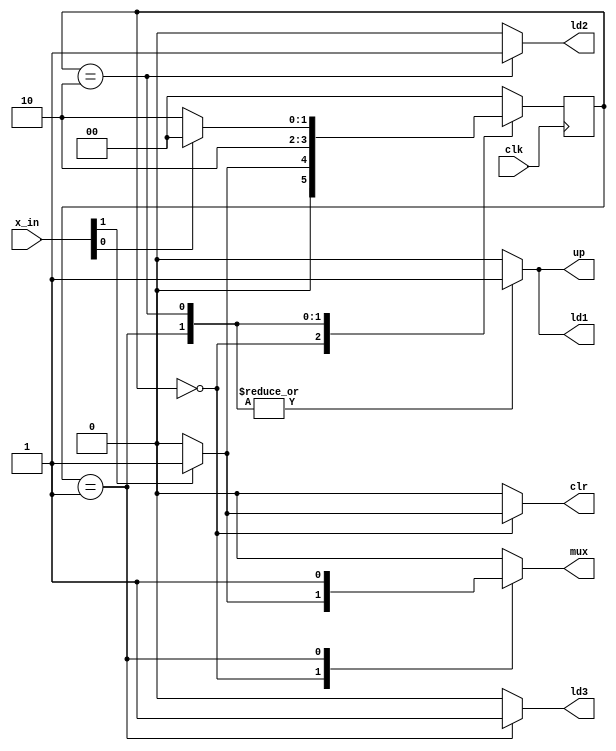
module fsm(x_in, clk, mux, clr, up, ld1, ld2, ld3); 
    input  clk;
    input [1:0] x_in; 
    output reg clr, up, ld1, ld2, ld3, mux;
     
    //- next state & present state variables
    reg [1:0] NS, PS; 
    //- bit-level state representations
    parameter [1:0] st_WAIT=2'b00, st_LOAD=2'b01;
    parameter [1:0] st_FIB=2'b10;
    
    //- status inputs
    wire btn, rco;
    assign rco = x_in[0];
    assign btn = x_in[1]; 

    //- model the state registers
    always @ (posedge clk)
        PS <= NS; 
    
    
    //- model the next-state and output decoders
    always @ (x_in,PS)
    begin
       mux = 1'b0; clr = 1'b0; up = 1'b0; ld1 = 1'b0; ld2 = 1'b0; ld3 = 1'b0;
       case(PS)
          st_WAIT:
          begin
             up = 1'b0; ld1 = 1'b0; ld2 = 1'b0; ld3 = 1'b0;
             if (btn == 0)
                begin
                    mux = 1'b0; clr = 1'b0;
                    NS = st_WAIT;
                end         
             else
                begin
                    mux= 1'b1; clr = 1'b1;
                    NS = st_LOAD;
                end 
          end
             
          st_LOAD:
             begin
                 mux = 1'b1; clr = 1'b0; up = 1'b1; ld1 = 1'b1; ld2 = 1'b0; ld3 = 1'b1;
                 NS = st_FIB;
             end
             
          st_FIB:
             begin
                 up = 1'b1; ld1 = 1'b1; ld2 = 1'b1; ld3 = 1'b0;
                 if (rco == 0)
                    begin
                        mux = 1'b0; clr = 1'b0;
                        NS = st_FIB;
                    end
                 else
                    begin
                        mux = 1'b0; clr = 1'b0;
                        NS = st_WAIT;
                    end
             end
             
          default: NS = st_WAIT; 
            
          endcase
      end              
endmodule